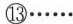
⑬……